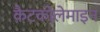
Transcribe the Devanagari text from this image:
कैटकोलेमाइन